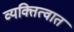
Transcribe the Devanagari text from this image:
व्यक्तित्वात